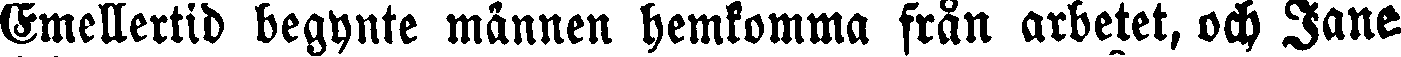
Emellertid begynte männen hemkomma från arbetet, och Jane